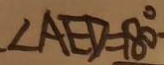
\angle A E D = 1 8 0 ^ { \circ }